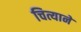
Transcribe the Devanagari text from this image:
चित्याने